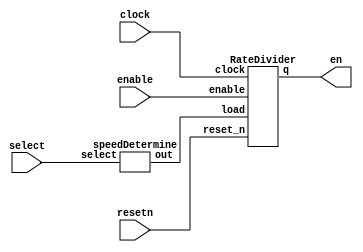
module counter(select, enable, clock, resetn, en);
	input[2:0] select;
	input enable,resetn;
	input clock;
	output en;
	
	wire [27:0] load;
	wire [3:0] qout;
	
	speedDetermine s0 (
		.select(select),
		.out(load));
	
	RateDivider r0 (
		.enable(enable),
		.load(load),
		.clock(clock),
		.reset_n(resetn),
		.q(en));
		
endmodule

module speedDetermine(select,out);
	input [2:0] select;
	output reg [27:0] out;
	
	always @(*)
	begin
		case (select[2:0])
			3'b000: out = 28'd4;
			
			3'b001: out = 28'd29_999_998;
			3'b010: out = 28'd19_999_999;
			3'b011: out = 28'd9_999_990;
			
			3'b100: out = 28'd833_3334;
			3'b101: out = 28'd400_0000;
			default: out = 28'd0;
		endcase
	end

endmodule

module RateDivider(enable, load, clock, reset_n,q);
	input enable,clock,reset_n;
	input [27:0] load;
	output q;
	
	reg [27:0] out;
	
	always@(posedge clock)
	begin
		if (reset_n == 1'b0)
			out <= load;
		else if (enable == 1'b1)
			begin
				if (out == 28'd0)
					out <= load;
				else
					out <= out - 1'b1;
			end
		else if (enable == 1'b0)
			out <= load;
	end
	
	assign q = (out == 28'd0) ? 1 : 0;
	
endmodule